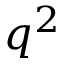
q ^ { 2 }